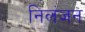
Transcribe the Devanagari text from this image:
निलंजन